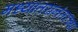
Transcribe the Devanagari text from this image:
मध्यांतरानंतरच्या